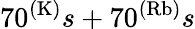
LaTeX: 70^{(\mathrm{K)}}s+70^{(\mathrm{Rb)}}s